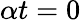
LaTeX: \alpha t=0